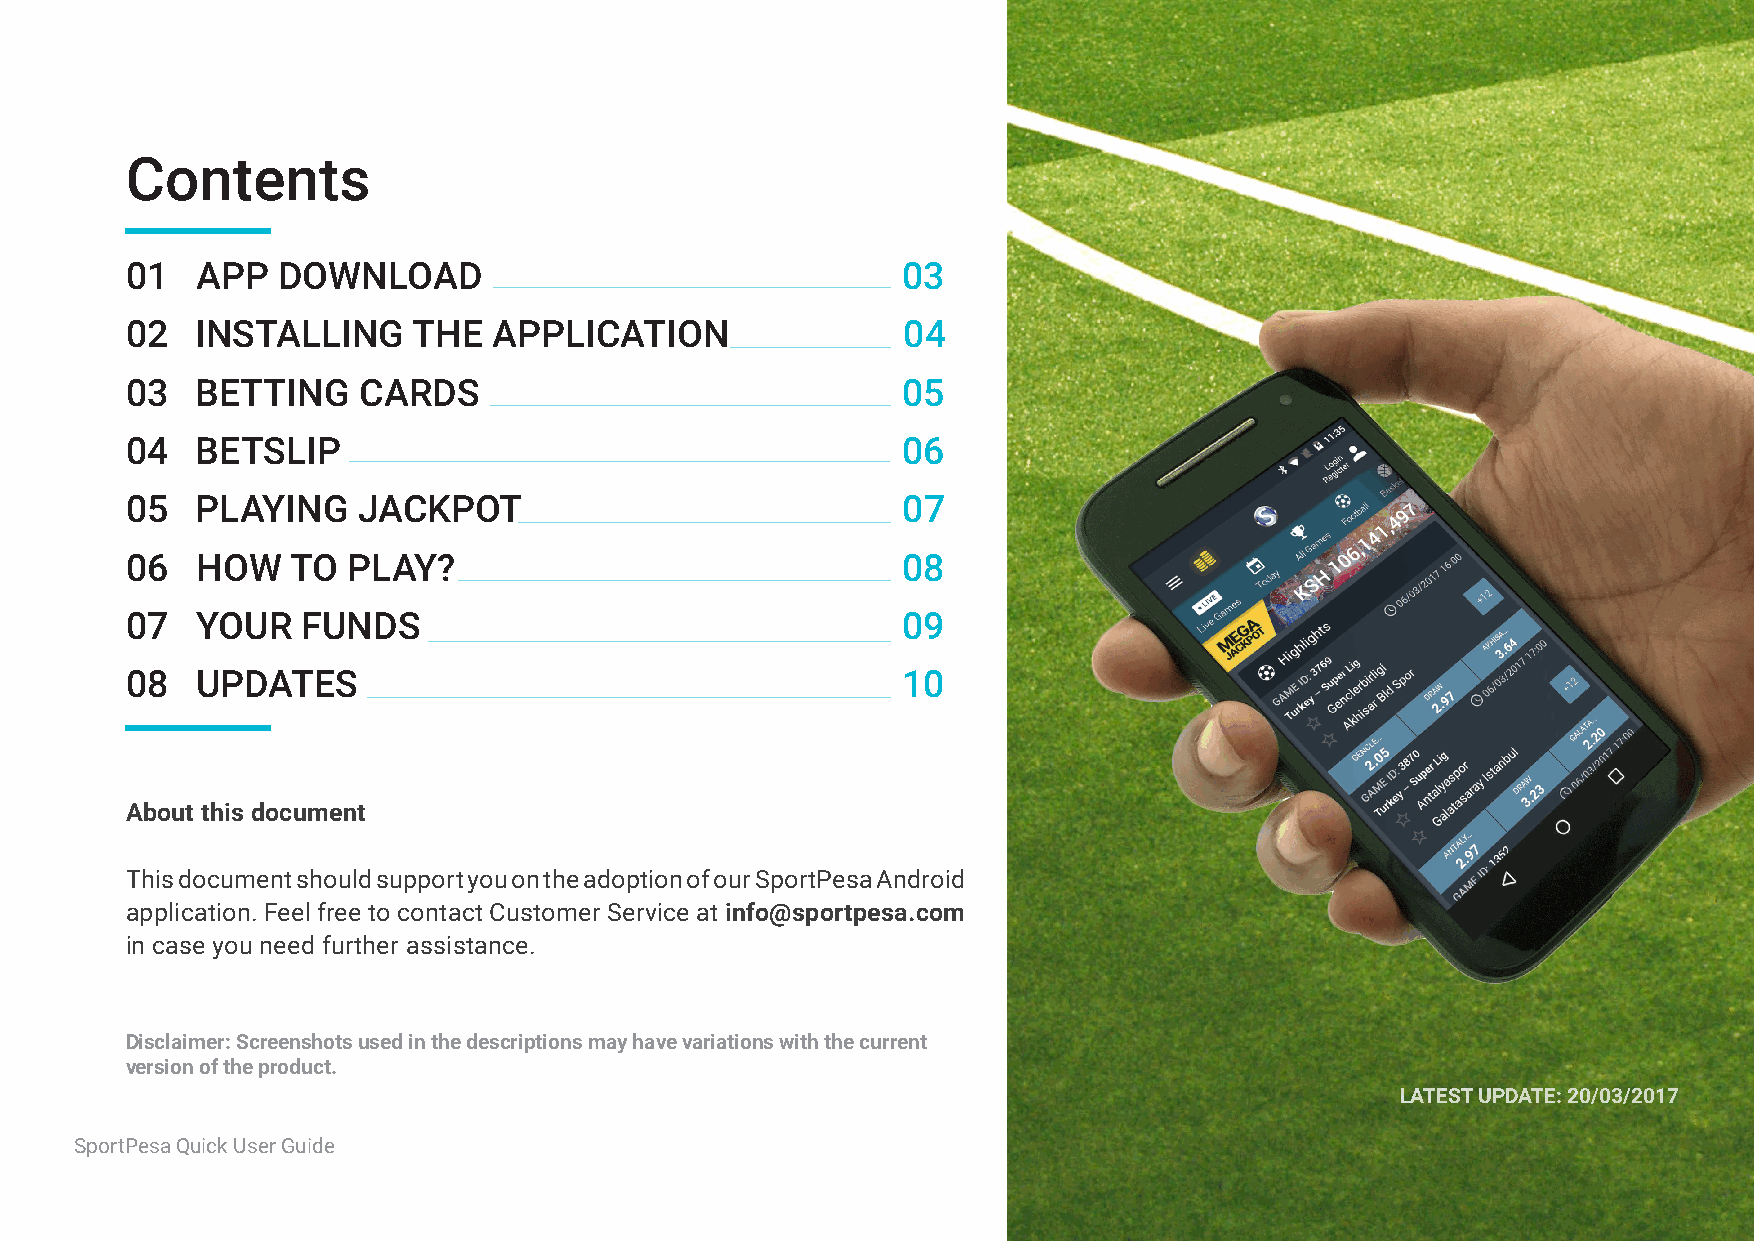
Contents
 01   APP  DOWNLOAD                                  03
 02   INSTALLING    THE   APPLICATION                04
 03   BETTING    CARDS                               05
 04   BETSLIP                                        06
 05   PLAYING    JACKPOT                             07
 06   HOW   TO  PLAY?                                08
 07   YOUR   FUNDS                                   09
 08   UPDATES                                        10
 About this document
 This document should support you on the adoption of our SportPesa Android
 application. Feel free to contact Customer Service at info@sportpesa.com
 in case you need further assistance.
 Disclaimer: Screenshots used in the descriptions may have variations with the current
 version of the product.
 LATEST UPDATE: 20/03/2017
 SportPesa Quick User Guide
 2